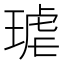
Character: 𭹦